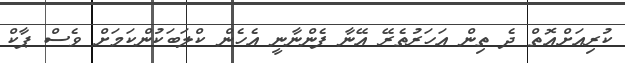
ކުރިއަށްއޮތް ދެ ތިން އަހަރުތެރޭ އޭނާ ފެންނާނީ އެހެން ކްލަބަކުންކަމަށް ވެސް ޕާކް